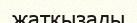
жаткызады